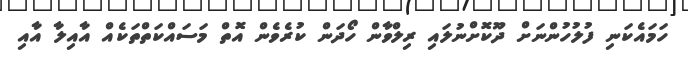
ހަމައެކަނި ފުލުހުންނަށް ދޫކޮށްނުލައި ރިލްވާން ހޯދަން ކުރެވެން އޮތް މަސައްކަތްތަކެއް އާއިލާ އާއި